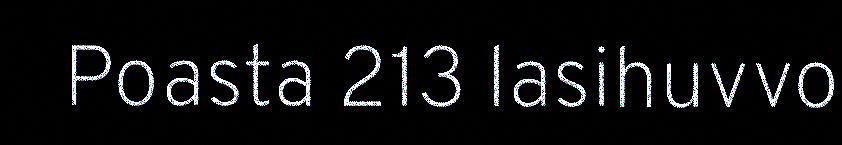
Poasta 213 lasihuvvo